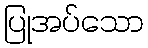
ပြုအပ်သော